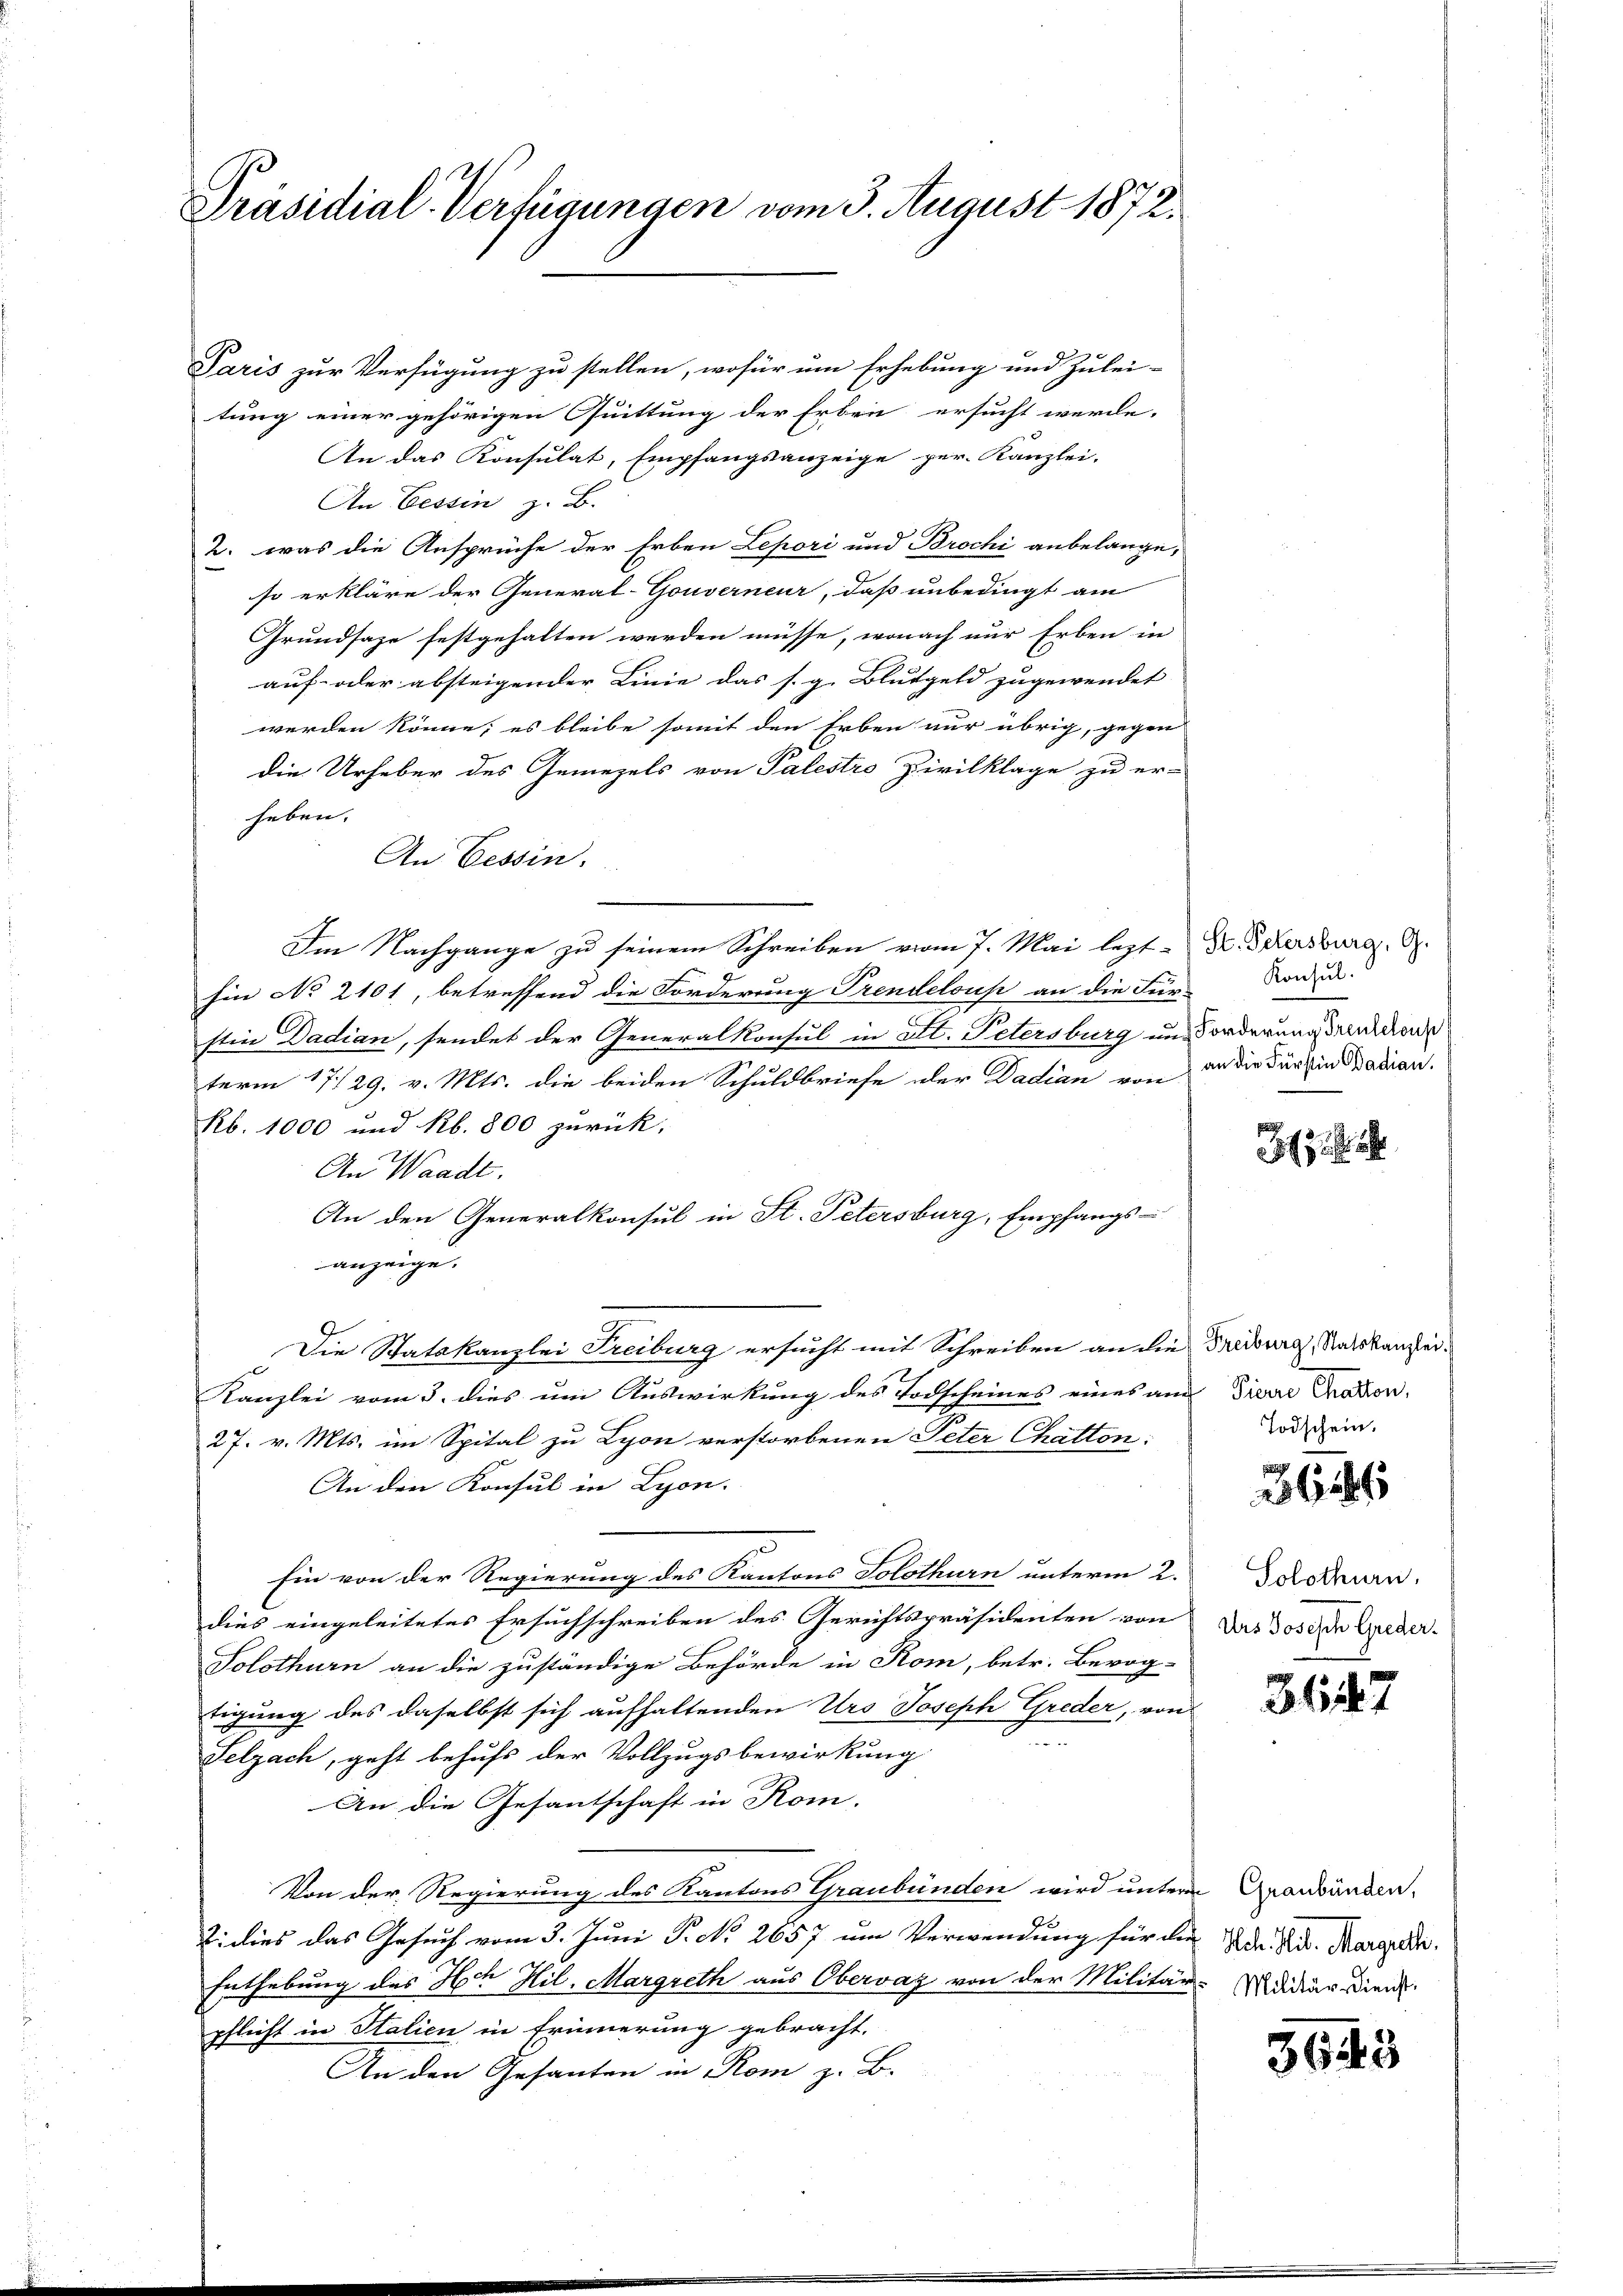
Präsidial-Verfügungen vom 3. August 1872.

e
Paris zur Verfügung zu stellen, wofür um Erhebung und Zulei-
tung einer gehörigen Quittung der Erben ersucht werde.
An das Konsulat, Empfangsanzeige per. Kanzlei-
An Cessin z. B.
2. was die Ansprüche der Erben Lepori und Brochi anbelange,
so erkläre der General-Gouverneur, daß unbedingt am
Grundsaze festgehalten werden müsse, wonach nur Erben in
auf- oder absteigender Linie das s. g. Blutgeld zugewendet |
werden könne; es bleibe somit den Erben nur übrig, gegen
die Urheber des Gemezels von Palestro Zivilklage zu er-
heben. |
An Tessin.
Im Nachgange zu seinem Schreiben vom 7. Mai lezt Dr. Schersburg. S
hin No 2101, betreffend die Forderung Trendeloup an die Für-
stin Dadian, sendet der Generalkonsul in St. Petersburg und Forderungsrentions
term 17./29. v. Mts. die beiden Schuldbriefe der Dadian von in die der in Wadian.
Kb. 1000 und kb. 800 zurück,
An Waadt.
An den Generalkonsul in St. Petersburg, Empfangs-
anzeige.
Die Statskanzlei Freiburg ersucht mit Schreiben an die Freiburg, Ratskanzlei¬
Kanzlei vom 3. dies um Auswirkung des Todscheines eines am Pierre Gration,
27. v. Mts. im Spital zu Lyon verstorbenen Peter Chatten:
An den Konsul in Lyon.
Ein von der Regierung des Kantons Solothurn unterm 2.
dies eingeleitetes Ersuchschreiben des Gerichtspräsidenten von des Joseph Greder
Solothurn an die zuständige Behörde in Rom, betr. Bevog-
tigung des daselbst sich aufhaltenden Urs Joseph Greder, von
Selzach, geht behufs der Vollzugsbewirkung
An die Gesantschaft in Rom.
Von der Regierung des Kantons Graubünden wird untern Graubünden,
2. dies das Gesuch vom 3. Juni P. No 2657 um Verwendung für die de tit. Margrida,
Enthebung des Ach Hil. Margreth aus Obervaz von der Militär-Audiarien
pflicht in Stalien in Erinnerung gebracht.
An den Gesanten in Rom z. B.

Konsul.

Todschein.

26

Solothurn,

3617

5643